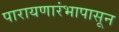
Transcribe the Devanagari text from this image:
पारायणारंभापासून